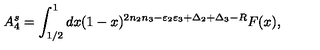
A _ { 4 } ^ { s } = \int _ { 1 / 2 } ^ { 1 } d x ( 1 - x ) ^ { 2 n _ { 2 } n _ { 3 } - \varepsilon _ { 2 } \varepsilon _ { 3 } + \Delta _ { 2 } + \Delta _ { 3 } - R } F ( x ) ,